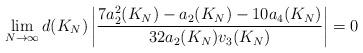
LaTeX: \begin{align*}\lim_{N\to \infty} d(K_N) \left| \frac{7a_2^{2}(K_N)-a_2(K_N)-10a_4(K_N)}{32 a_{2}(K_N)v_3(K_N)} \right| = 0\end{align*}